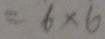
= 6 \times 6